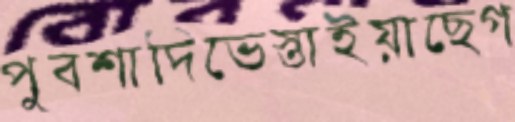
পুবশাদিভেস্তাইয়াছেগ